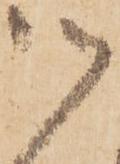
御